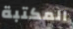
المكتبة